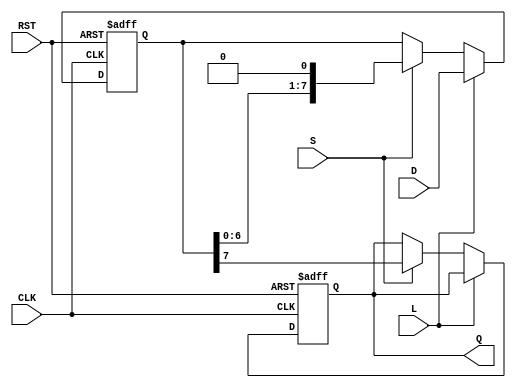
module PISO_Register #(
    parameter N = 8 // Parameter for the width of the data input
)(
    input wire [N-1:0] D,  // Parallel input bus
    input wire L,           // Load control signal
    input wire S,           // Shift control signal
    input wire CLK,         // Clock signal
    input wire RST,         // Asynchronous reset signal
    output reg Q           // Serial output
);

    reg [N-1:0] shift_reg;  // Shift register to hold data

    always @(posedge CLK or posedge RST) begin
        if (RST) begin
            shift_reg <= 0;  // Clear register on reset
            Q <= 0;          // Clear output
        end else begin
            if (L) begin
                shift_reg <= D; // Load data in parallel
            end else if (S) begin
                Q <= shift_reg[N-1]; // Serial output from MSB
                shift_reg <= {shift_reg[N-2:0], 1'b0}; // Shift left
            end
        end
    end

endmodule